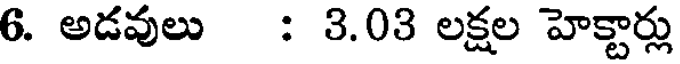
6. అడవులు : 3.03 లక్షల హెక్టార్లు